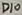
Text: D10